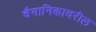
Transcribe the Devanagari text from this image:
वैमानिकावरील